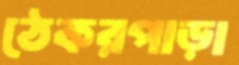
ঠেকরপাড়া